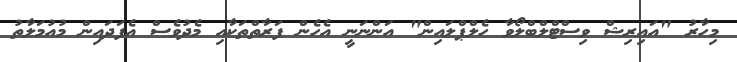
މިހާރު "އައިރިޝް ވިސްޓްލްބްލޯވާ ހެލްޕްލައިން" އަންނަނީ އެހެން ފަރާތްތަކާއި މެދުވެސް އެފަދައިން މުއުމަލާތު